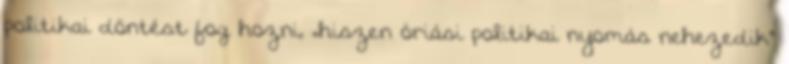
politikai döntést fog hozni, „hiszen óriási politikai nyomás nehezedik”